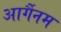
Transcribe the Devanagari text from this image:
आर्गैनम